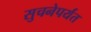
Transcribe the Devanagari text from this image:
सुचनेपर्यंत